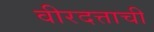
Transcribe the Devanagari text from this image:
वीरदत्ताची